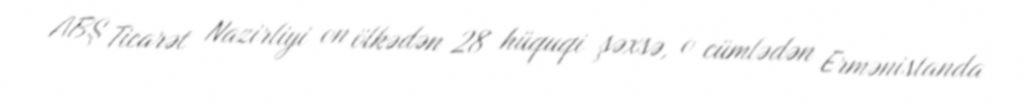
ABŞ Ticarət Nazirliyi on ölkədən 28 hüquqi şəxsə, o cümlədən Ermənistanda